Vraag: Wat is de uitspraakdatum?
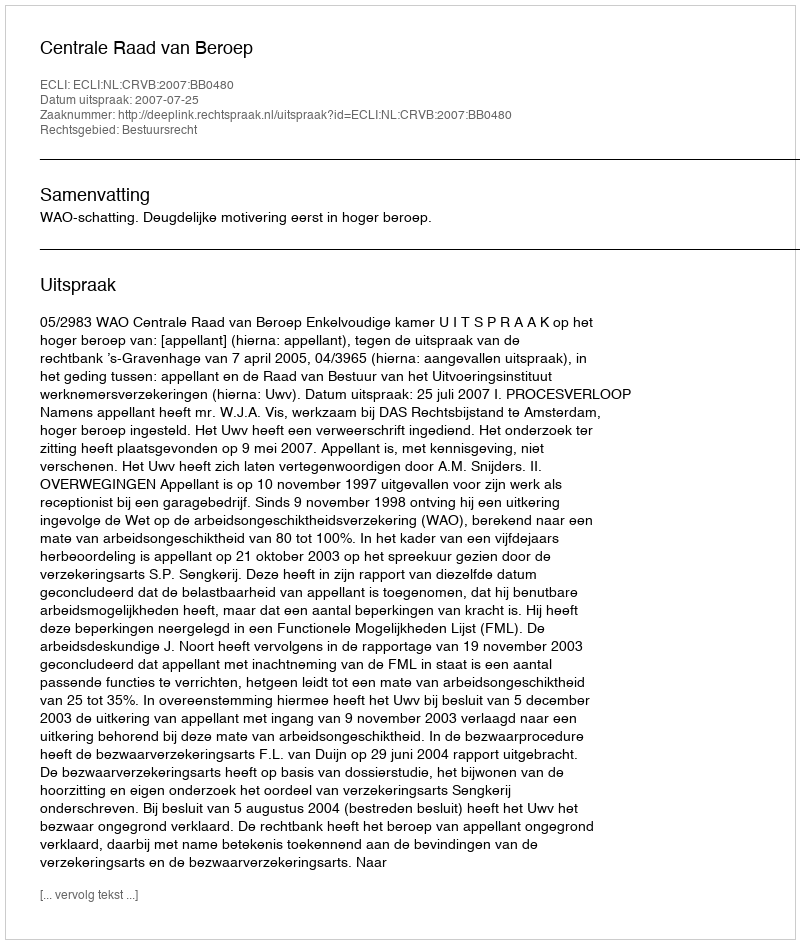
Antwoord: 2007-07-25